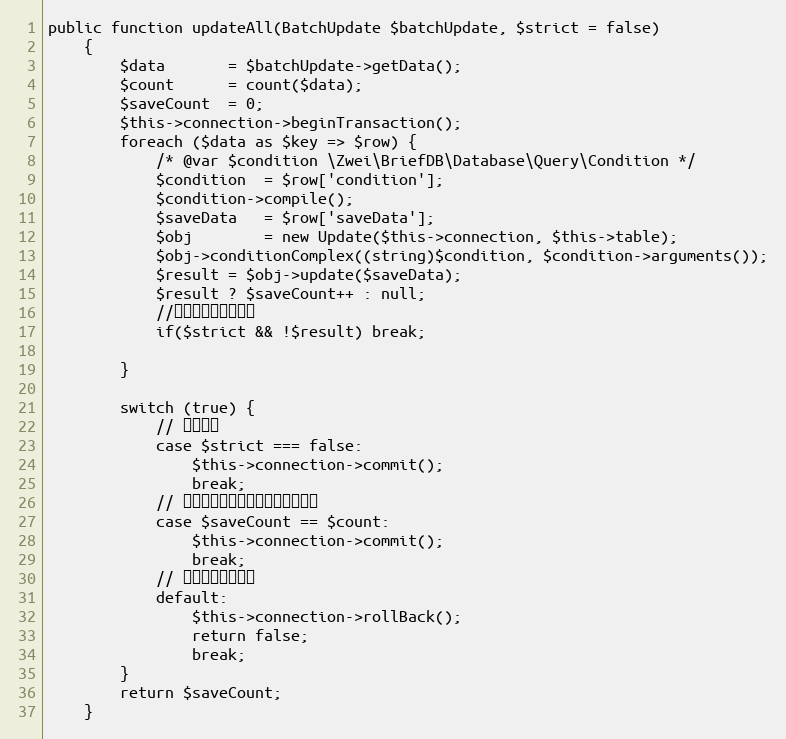
Language: PHP
public function updateAll(BatchUpdate $batchUpdate, $strict = false)
    {
        $data       = $batchUpdate->getData();
        $count      = count($data);
        $saveCount  = 0;
        $this->connection->beginTransaction();
        foreach ($data as $key => $row) {
            /* @var $condition \Zwei\BriefDB\Database\Query\Condition */
            $condition  = $row['condition'];
            $condition->compile();
            $saveData   = $row['saveData'];
            $obj        = new Update($this->connection, $this->table);
            $obj->conditionComplex((string)$condition, $condition->arguments());
            $result = $obj->update($saveData);
            $result ? $saveCount++ : null;
            //严格模式下直接退出
            if($strict && !$result) break;

        }

        switch (true) {
            // 普通模式
            case $strict === false:
                $this->connection->commit();
                break;
            // 严格模式必须全部有更新才会保存
            case $saveCount == $count:
                $this->connection->commit();
                break;
            // 严格模式保存失败
            default:
                $this->connection->rollBack();
                return false;
                break;
        }
        return $saveCount;
    }